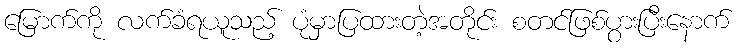
မြောက်ကို လက်ခံရယူသည့် ပုံမှာပြထားတဲ့အတိုင်း စတင်ဖြစ်ပွားပြီးနောက်